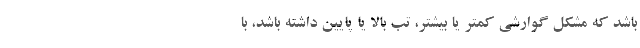
باشد که مشکل گوارشی کمتر یا بیشتر، تب بالا یا پایین داشته باشد، با